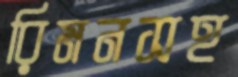
রিমনসহ